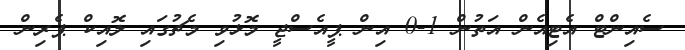
ސެއިންޓް އެޓިއެން އަތުން 1-0 އިން ޕީއެސްޖީ މޮޅުވި މެޗުގައި ލޮއިކް ޕެރިން